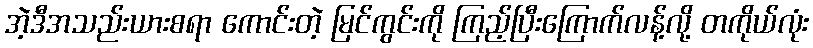
အဲ့ဒီအသည်းယားစရာ ကောင်းတဲ့ မြင်ကွင်းကို ကြည့်ပြီးကြောက်လန့်လို့ တကိုယ်လုံး